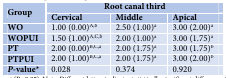
<table><thead><tr><td rowspan="2"><b>Group</b></td><td colspan="3"><b>Root canal third</b></td></tr><tr><td><b>Cervical</b></td><td><b>Middle</b></td><td><b>Apical</b></td></tr></thead><tbody><tr><td><b>WO</b></td><td>1.00 (0.00)<sup>A,b</sup></td><td>2.50 (1.00)<sup>a</sup></td><td>3.00 (2.00)<sup>a</sup></td></tr><tr><td><b>WOPUI</b></td><td>1.50 (1.00)<sup>A,C,b</sup></td><td>2.00 (1.00)<sup>a</sup></td><td>3.00 (1.75)<sup>a</sup></td></tr><tr><td><b>PT</b></td><td>2.00 (0.00)<sup>B,C,a</sup></td><td>2.00 (1.75)<sup>a</sup></td><td>3.00 (1.75)<sup>b</sup></td></tr><tr><td><b>PTPUI</b></td><td>2.00 (1.00)<sup>B,C,a</sup></td><td>2.00 (1.75)<sup>a</sup></td><td>3.00 (2.00)<sup>b</sup></td></tr><tr><td><b><i>P</i></b><b>-value</b>*</td><td>0.028</td><td>0.374</td><td>0.920</td></tr></tbody></table>